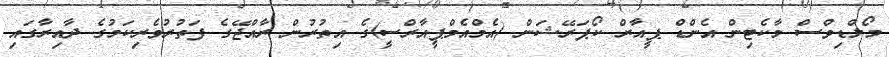
މޯލްޑިވްސް މާކެޓިން އެންޑް ޕީއާރް ކޯޕަރޭޝަން (އެމްއެމްޕީއާރްސީ)ގެ އިތުރުން ރާއްޖޭގެ ފަތުރުވެރިކަމުގެ ދާއިރާގައި